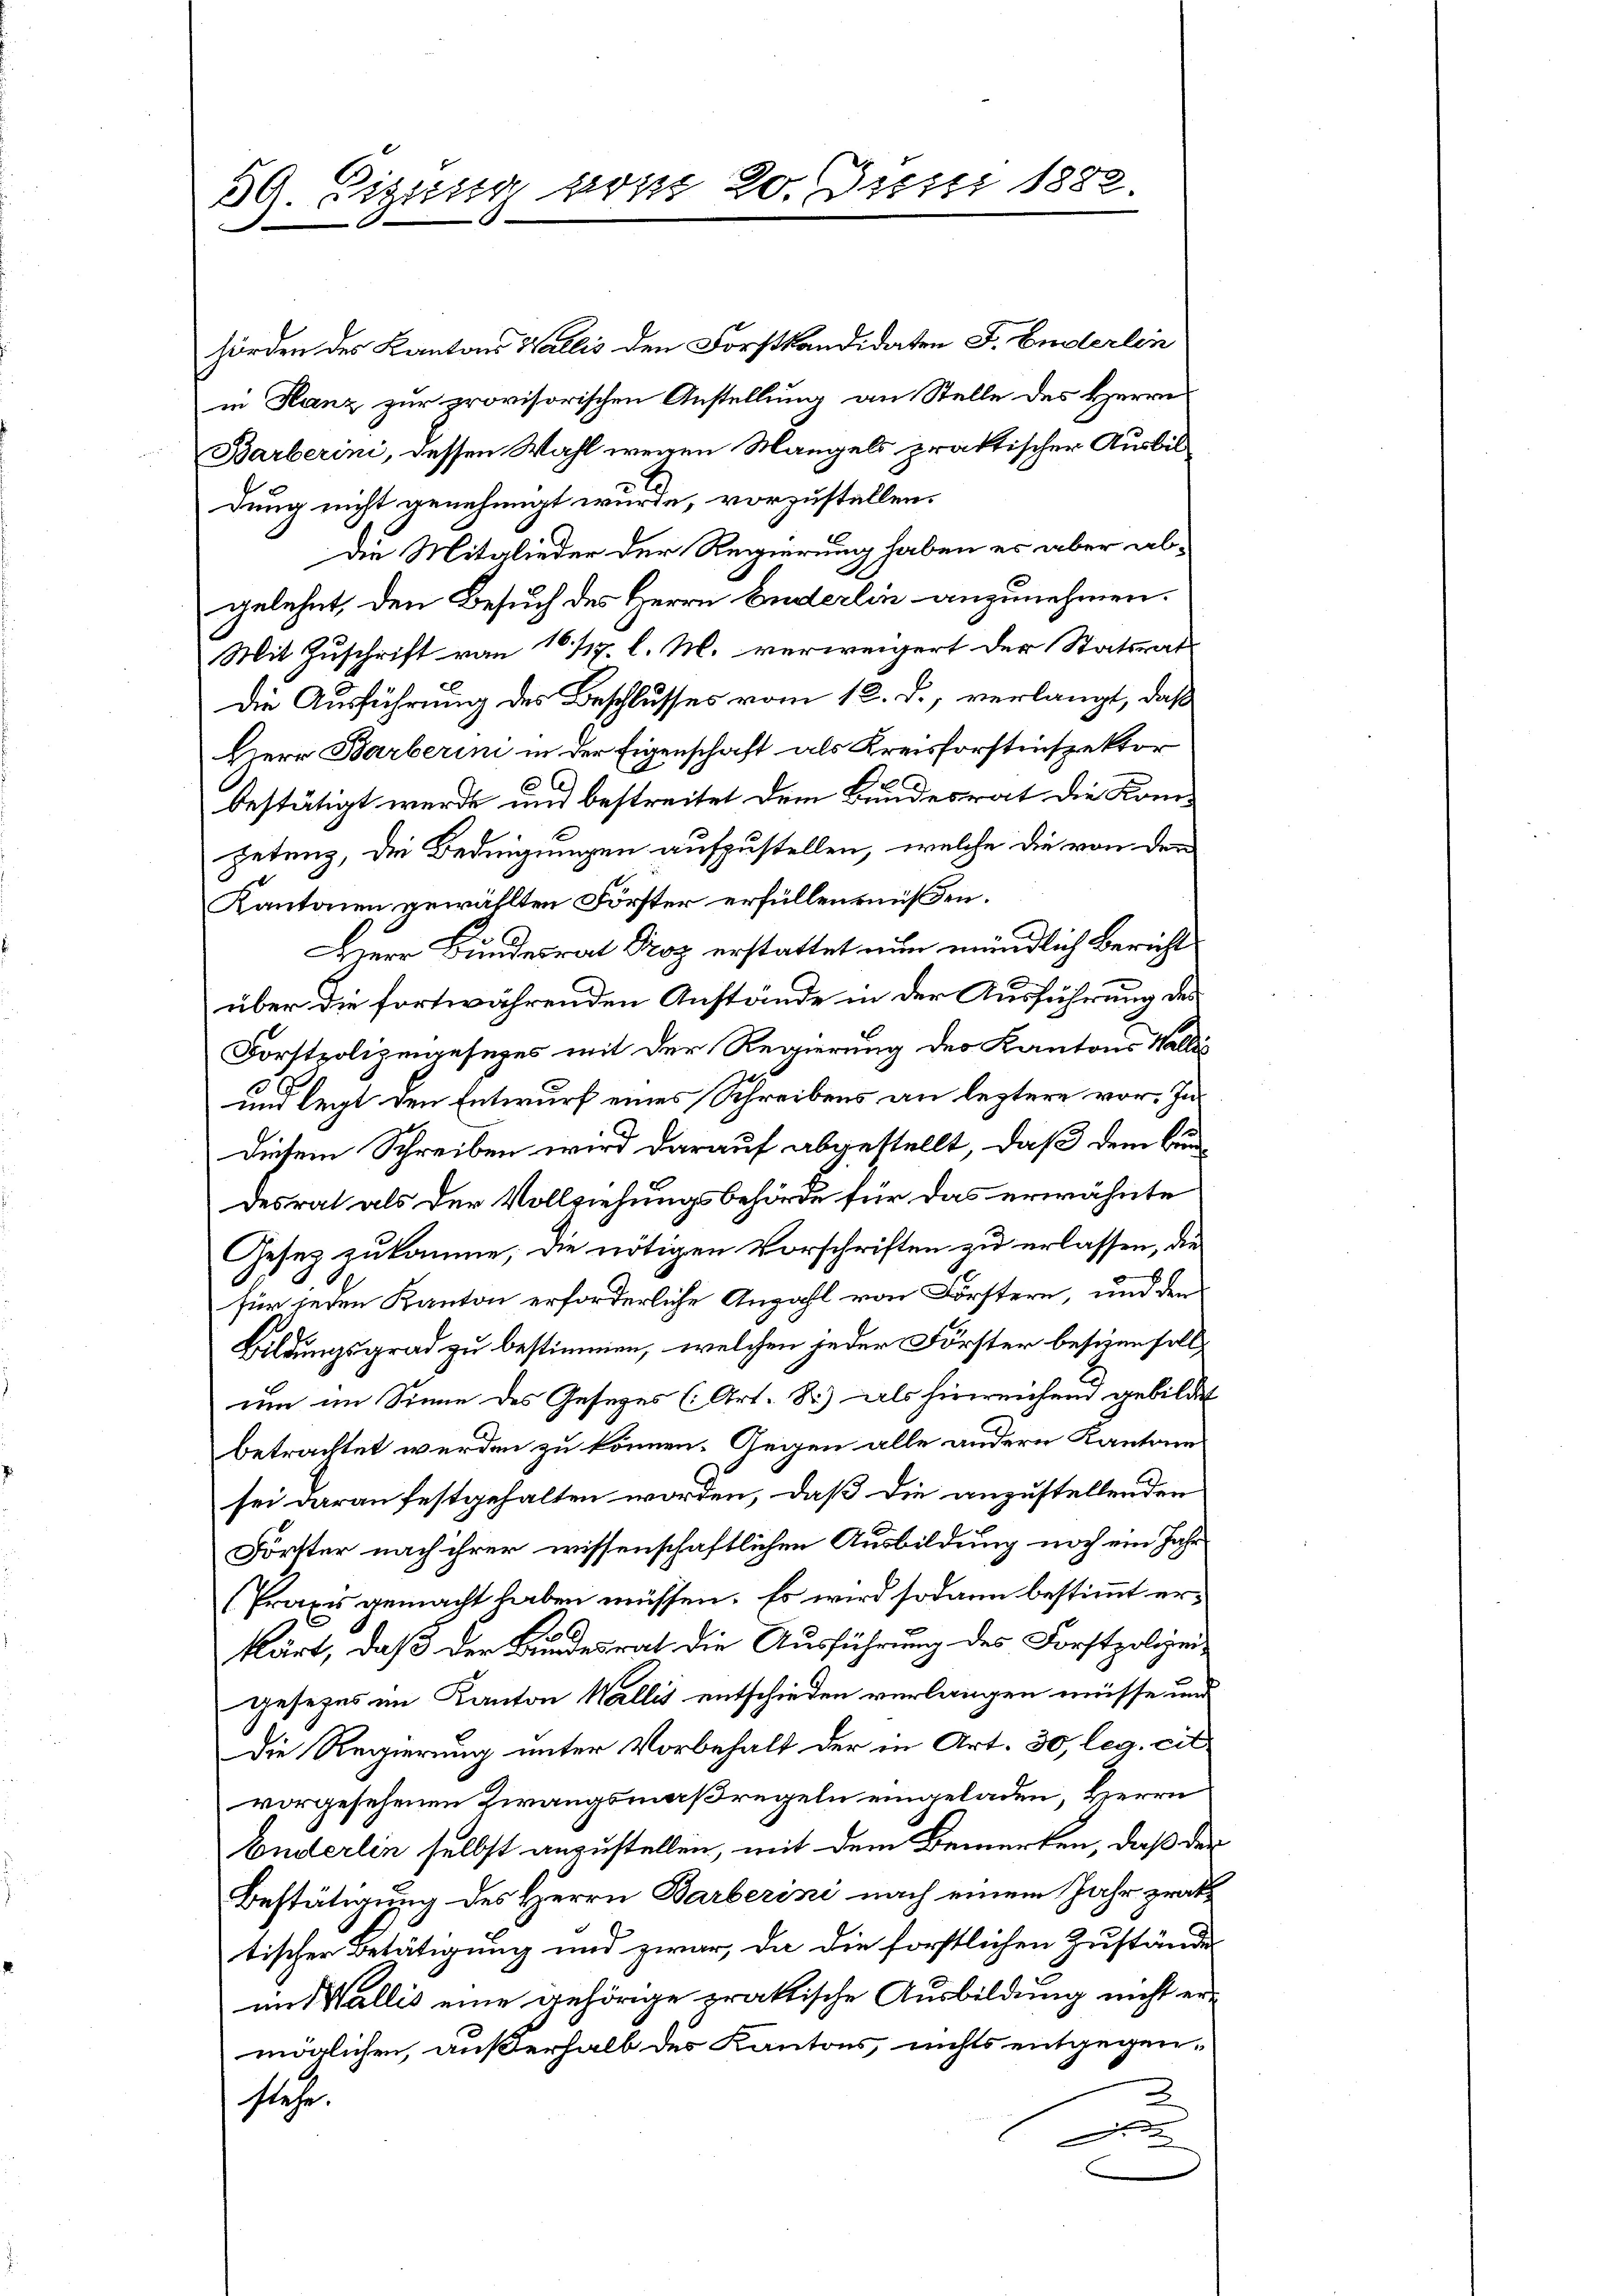
59. Sitzung vom 20. Juni 1882.

hörden des Kantons Wallis den Forstkandidaten F. Enderlin
in Hanz zur provisorischen Anstellung an Stelle des Herrn
Barberini, dessen Wahl wegen Mangels praktischer Ausbil
dung nicht genehmigt wurde, vorzustellen.
Die Mitglieder der Regierung haben es aber ab-
gelehnt, den Besuch des Herrn Enderlin anzunehmen.
Mit Zuschrift von 10 117. l. M. verweigert der Statsrats
Die Ausführung des Beschlusses vom 12. d., verlangt, daß
Herr Barberini in der Eigenschaft als Kreisforstinspektor
bestätigt werde und bestreitet dem Bundesrat die Kompetenz, der Bedingungen aufzustellen, welche die von den
Kantonen gewählten Förster erfüllen müßen.
Herr Bundesrat Proz erstattet nun mündlich Bericht
über die fortwährenden Anstände in der Ausführung des
Forstpolizingesezes mit der Regierung des Kantons Walli
und legt den Entwurf eines Schreibens an leztere vor. In¬
Diesem Schreiben wird darauf abgestellt, daß dem Bundesrat als der Vollziehungsbehörde für das erwähnte
Gesez zukomme, die nötigen Vorschriften zu erlassen, die
für jeden Kanton erforderliche Anzahl von Förstern, und den
Bildungsgrad zu bestimmen, welchen jeder Förster besien soll,
um im Sinne des Gesezes (Art. 8) als hinreichend gebildet
betrachtet werden zu können. Gegen alle andern Kantone
sei daran festgehalten worden, daß die anzustellenden
Förster nach ihrer wissenschaftlichen Ausbildung noch ein Jahr
(Praxis gemacht haben müssen. Es wird sodann bestimmt erkärt, daß der Bundesrat die Ausführung des Forstpolizeigesezes im Kanton Wallis entschieden verlangen müsse mir
Die Regierung unter Vorbehalt der in Art. 30, leg. cit
vorgesehenen Zwangsmaßregeln eingeladen, Herrn
buderlin selbst anzustellen, mit dem Bemerken, daß der
Bestätigung des Herrn Barberini nach einem Jahr prak
tischer Betätigung und zwar, da die forstlichen Zustände
im Wallis eine gehörige praktische Ausbildung nicht ermöglichen, außerhalb des Kantons, nichts entgegenstehe.

t